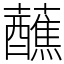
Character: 蘸